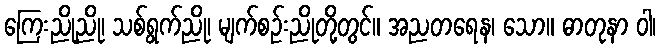
ကြေးညိုညို၊ သစ်ရွက်ညို၊ မျက်စဉ်းညိုတို့တွင်။ အညတရေန၊ သော။ ဓာတုနာ ဝါ၊